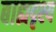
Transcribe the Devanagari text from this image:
बाह्यदृश्य